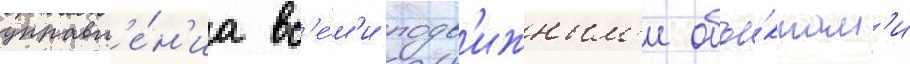
управл'е́н'иа вс'е́м'и подв'ижным'и объе́ктам'и